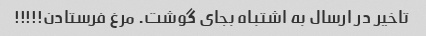
تاخیر در ارسال به اشتباه بجای گوشت. مرغ فرستادن!!!!!